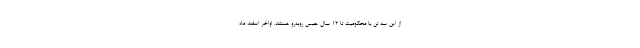
از این سه تن با محکومیت تا ۱۲ سال حبس روبه‌رو هستند. اواخر اسفند ماه